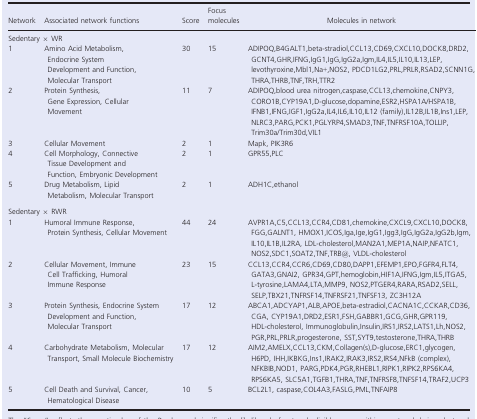
<table><thead><tr><td><b>Network</b></td><td><b>Associated network functions</b></td><td><b>Score</b></td><td><b>Focus molecules</b></td><td><b>Molecules in network</b></td></tr></thead><tbody><tr><td colspan="5">Sedentary × WR</td></tr><tr><td>1</td><td>Amino Acid Metabolism, Endocrine System Development and Function, Molecular Transport</td><td>30</td><td>15</td><td>ADIPOQ,B4GALT1,beta‐stradiol,CCL13,CD69,CXCL10,DOCK8,DRD2,GCNT4,GHR,IFNG,IgG1,IgG,IgG2a,Igm,IL4,IL5,IL10,IL13,LEP,levothyroxine,Mbl1,Na+,NOS2, PDCD1LG2,PRL,PRLR,RSAD2,SCNN1G,THRA,THRB,TNF,TRH,TTR2</td></tr><tr><td>2</td><td>Protein Synthesis, Gene Expression, Cellular Movement</td><td>11</td><td>7</td><td>ADIPOQ,blood urea nitrogen,caspase,CCL13,chemokine,CNPY3,CORO1B,CYP19A1,D‐glucose,dopamine,ESR2,HSPA1A/HSPA1B,IFNB1,IFNG,IGF1,IgG2a,IL4,IL6,IL10,IL12 (family),IL12B,IL1B,Ins1,LEP,NLRC3,PARG,PCK1,PGLYRP4,SMAD3,TNF,TNFRSF10A,TOLLIP,Trim30a/Trim30d,VIL1</td></tr><tr><td>3</td><td>Cellular Movement</td><td>2</td><td>1</td><td>Mapk, PIK3R6</td></tr><tr><td>4</td><td>Cell Morphology, Connective Tissue Development and Function, Embryonic Development</td><td>2</td><td>1</td><td>GPR55,PLC</td></tr><tr><td>5</td><td>Drug Metabolism, Lipid Metabolism, Molecular Transport</td><td>2</td><td>1</td><td>ADH1C,ethanol</td></tr><tr><td colspan="5">Sedentary × RWR</td></tr><tr><td>1</td><td>Humoral Immune Response, Protein Synthesis, Cellular Movement</td><td>44</td><td>24</td><td>AVPR1A,C5,CCL13,CCR4,CD81,chemokine,CXCL9,CXCL10,DOCK8,FGG,GALNT1, HMOX1,ICOS,Iga,Ige,IgG1,Igg3,IgG,IgG2a,IgG2b,Igm,IL10,IL1B,IL2RA, LDL‐cholesterol,MAN2A1,MEP1A,NAIP,NFATC1,NOS2,SDC1,SOAT2,TNF,TRB@, VLDL‐cholesterol</td></tr><tr><td>2</td><td>Cellular Movement, Immune Cell Trafficking, Humoral Immune Response</td><td>23</td><td>15</td><td>CCL13,CCR4,CCR6,CD69,CD80,DAPP1,EFEMP1,EPO,FGFR4,FLT4,GATA3,GNAI2, GPR34,GPT,hemoglobin,HIF1A,IFNG,Igm,IL5,ITGA5,L‐tyrosine,LAMA4,LTA,MMP9, NOS2,PTGER4,RARA,RSAD2,SELL,SELP,TBX21,TNFRSF14,TNFRSF21,TNFSF13, ZC3H12A</td></tr><tr><td>3</td><td>Protein Synthesis, Endocrine System Development and Function, Molecular Transport</td><td>17</td><td>12</td><td>ABCA1,ADCYAP1,ALB,APOE,beta‐estradiol,CACNA1C,CCKAR,CD36,CGA, CYP19A1,DRD2,ESR1,FSH,GABBR1,GCG,GHR,GPR119,HDL‐cholesterol, Immunoglobulin,Insulin,IRS1,IRS2,LATS1,Lh,NOS2,PGR,PRL,PRLR,progesterone, SST,SYT9,testosterone,THRA,THRB</td></tr><tr><td>4</td><td>Carbohydrate Metabolism, Molecular Transport, Small Molecule Biochemistry</td><td>17</td><td>12</td><td>AIM2,AMELX,CCL13,CKM,Collagen(s),D‐glucose,ERC1,glycogen,H6PD, IHH,IKBKG,Ins1,IRAK2,IRAK3,IRS2,IRS4,NFkB (complex),NFKBIB,NOD1, PARG,PDK4,PGR,RHEBL1,RIPK1,RIPK2,RPS6KA4,RPS6KA5, SLC5A1,TGFB1,THRA,TNF,TNFRSF8,TNFSF14,TRAF2,UCP3</td></tr><tr><td>5</td><td>Cell Death and Survival, Cancer, Hematological Disease</td><td>10</td><td>5</td><td>BCL2L1, caspase,COL4A3,FASLG,PML,TNFAIP8</td></tr></tbody></table>